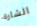
الشارة